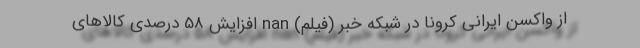
از واکسن ایرانی کرونا در شبکه خبر (فیلم) nan افزایش 58 درصدی كالاهای